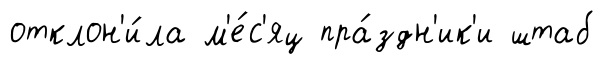
отклон'и́ла м'е́с'яц пра́здн'ик'и штаб